Riigikantselei, lk 303
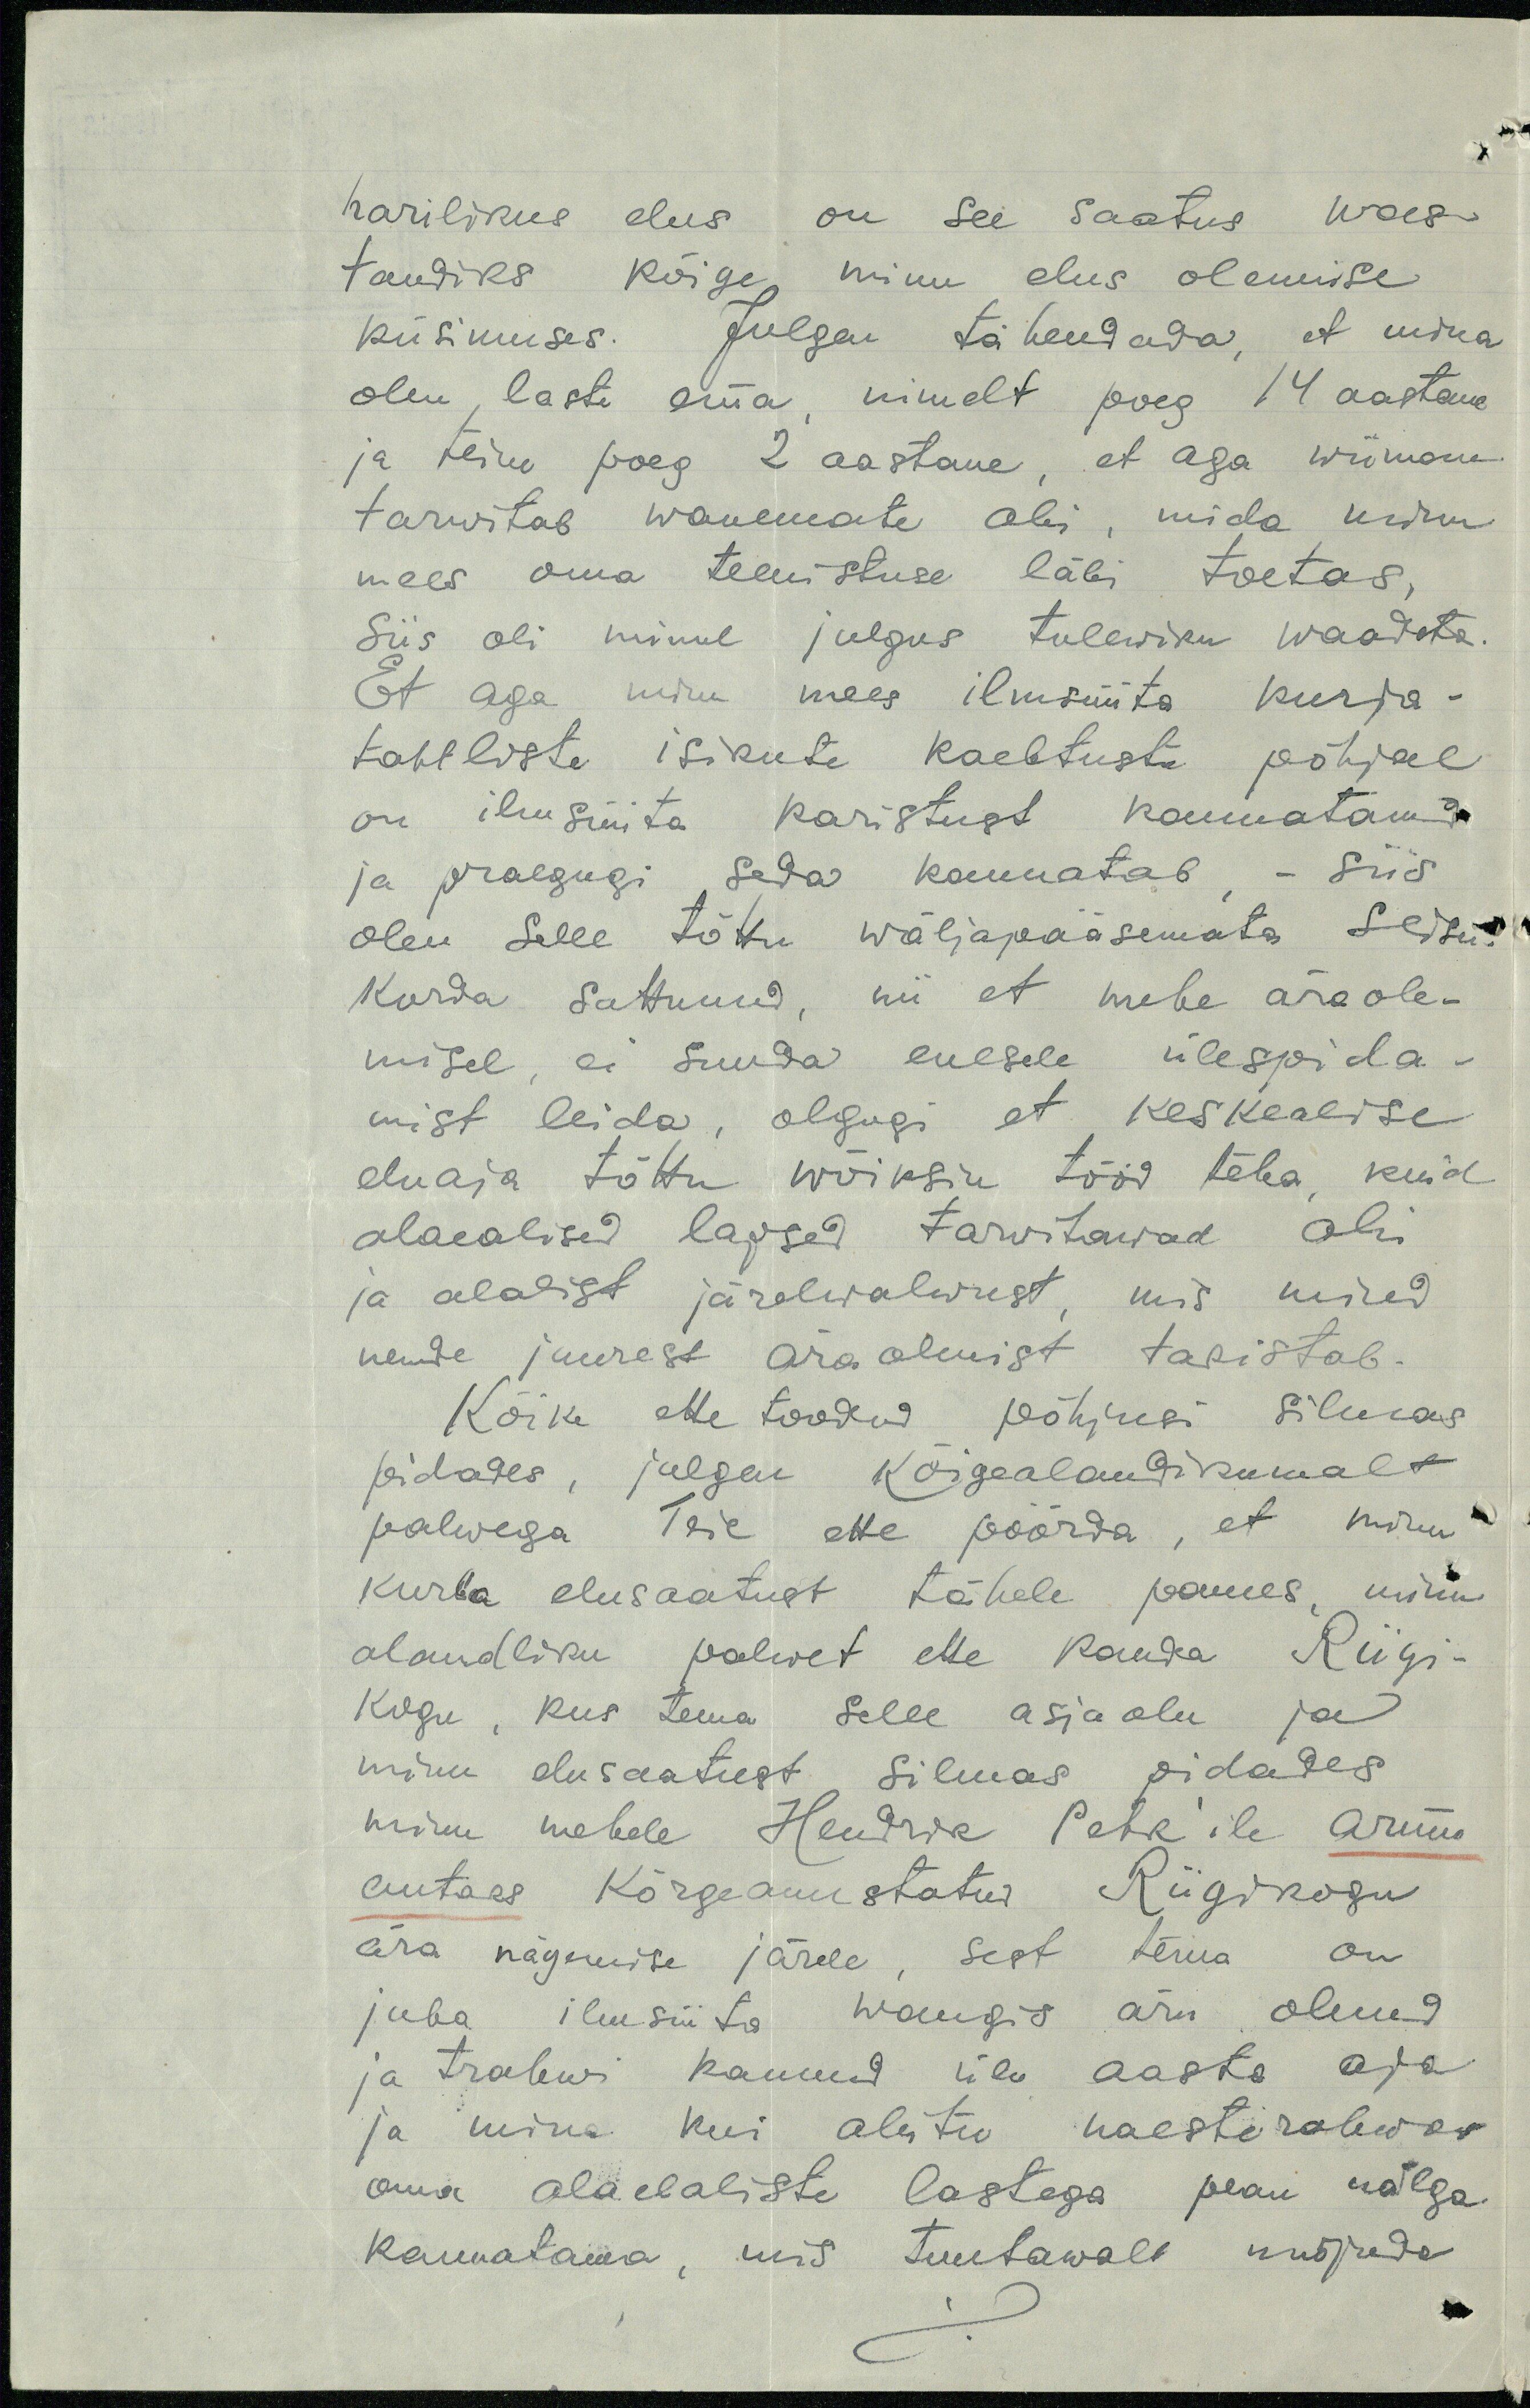
harilikus elus on see saatus was-
tandiks kõige minu elus olemise
küsimuses. Julgan tähendada, et mina
olen, laste ema, nimelt poeg 14 aastane
ja teine poeg 2 aastane, et aga wiimane
tarwitab wanemate abi, mida minu
mees oma teenistuse läbi toetas,
Siis oli minul julgus tulewiku waadata
Et aga minu mees ilmsüüta kurja-
tahtliste isikute kaebtuste põhjal
on ilm süüta karistust kannatanud
ja praegugi seda kannatab - siis
olen selle tõttu wäljapääsemata seisu-
korda sattunud, nii et mehe äraole-
misel, ei suuda enesele ülespida-
mist leida, olgugi et keskealise
eluaja tõttu wõiksin tööd teha, kuid
alaealised lapsed tarvitawad abi
ja alalist järelwalwust, mis mind
nende juurest ära olmist takistab.
Kõike ette toodud põhjusi silmas
pidades, julgen kõigealandikumalt
palwega Teie ette pöörda, et minu
kurba elusaatust tähele pannes, minu
alandliku palwet ette kanda Riigi-
kogu, kus tema selle asjaolu ja
minu elusaatust silmas pidades
minu mehele Hendrik Pehk'ile armu
antaks kõrgeauustatus Riigikogu
ära nägemise järele, sest tema on
juba ilmsüüta wangis ära olnud
ja trahwi kannud üle aasta aja
ja mina kui abitu naesterahwas
oma alaelaliste lastega pean nälga
kannatama, mis tuntawalt mõjuda